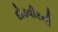
દોડવીરની